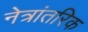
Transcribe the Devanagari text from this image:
नेत्रांतरिक